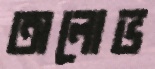
অলোভ